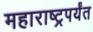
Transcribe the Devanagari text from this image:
महाराष्ट्रपर्यंत